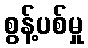
စွန့်ပစ်မှု